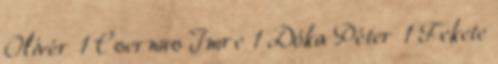
Olivér 1 Csernus Imre 1 Dóka Péter 1 Fekete